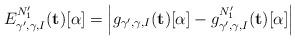
LaTeX: \begin{align*} E^{N_1'}_{\gamma', \gamma, I}(\mathbf{t})[\alpha] = \left|g_{\gamma', \gamma, I}(\mathbf{t})[\alpha] - g_{\gamma', \gamma, I}^{N_{1}'}(\mathbf{t})[\alpha]\right| \end{align*}